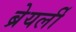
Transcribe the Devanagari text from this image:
ब्रेयर्ली